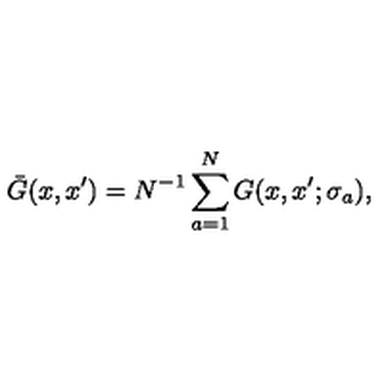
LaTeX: \bar { G } ( x , x ^ { \prime } ) = N ^ { - 1 } \sum _ { a = 1 } ^ { N } G ( x , x ^ { \prime } ; \sigma _ { a } ) ,